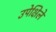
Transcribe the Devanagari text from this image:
उपेक्षिले